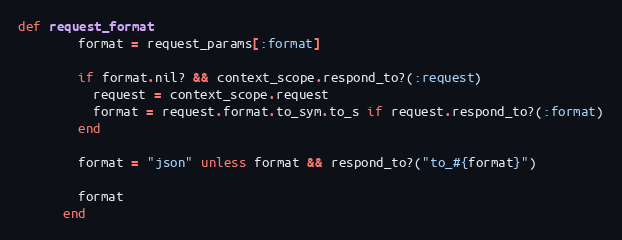
Language: Ruby
def request_format
        format = request_params[:format]

        if format.nil? && context_scope.respond_to?(:request)
          request = context_scope.request
          format = request.format.to_sym.to_s if request.respond_to?(:format)
        end

        format = "json" unless format && respond_to?("to_#{format}")

        format
      end